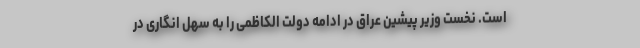
است. نخست وزیر پیشین عراق در ادامه دولت الکاظمی را به سهل انگاری در